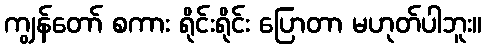
ကျွန်တော် စကား ရိုင်းရိုင်း ပြောတာ မဟုတ်ပါဘူး။